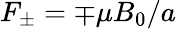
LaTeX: F_{\pm}=\mp\mu B_{0}/a